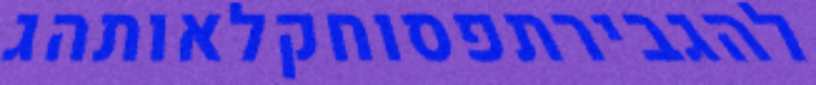
להגבירתפסוחקלאותהג